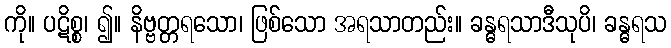
ကို။ ပဋိစ္စ၊ ၍။ နိဗ္ဗတ္တရသော၊ ဖြစ်သော အရသာတည်း။ ခန္ဓရသာဒီသုပိ၊ ခန္ဓရသ